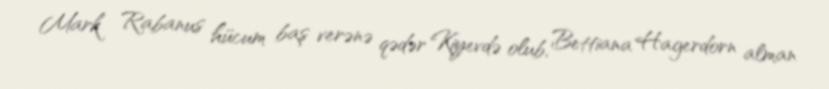
Mark Rabanus hücum baş verənə qədər Kiyevdə olub, Bettiana Hagerdorn alman